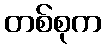
တစ်စုက